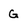
Character: G